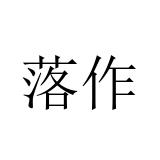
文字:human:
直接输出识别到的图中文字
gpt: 落作